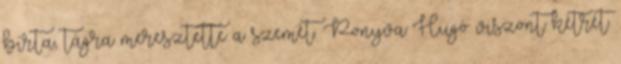
bírta, tágra meresztette a szemét. Ponyva Hugó viszont kétrét